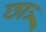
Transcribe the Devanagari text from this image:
छात्र्